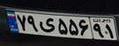
۷۹ی۵۵۶۹۱